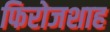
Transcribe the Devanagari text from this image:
फिरोजशाह